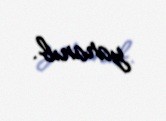
yaranıb.